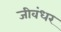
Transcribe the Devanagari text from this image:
जीवंधर